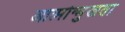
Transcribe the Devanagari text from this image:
आत्मोन्मुखता